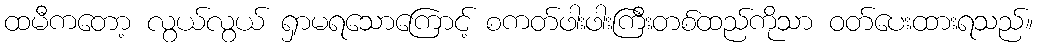
ထမီကတော့ လွယ်လွယ် ရှာမရသောကြောင့် စကတ်ဖါးဖါးကြီးတစ်ထည်ကိုသာ ဝတ်ပေးထားရသည်။